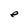
Character: e